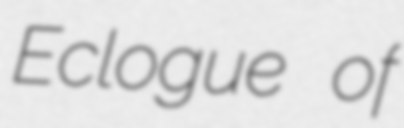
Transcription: Eclogue of